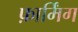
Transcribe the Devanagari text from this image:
फ़ार्मिंग